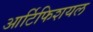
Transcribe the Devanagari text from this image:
आर्टिफिशयल